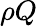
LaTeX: \rho Q